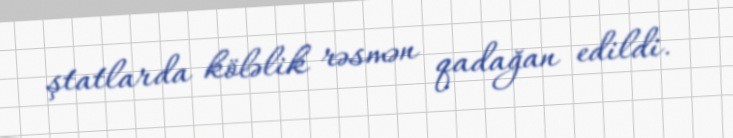
ştatlarda köləlik rəsmən qadağan edildi.